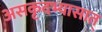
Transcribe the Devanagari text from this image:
असकृदभ्यासात्‌